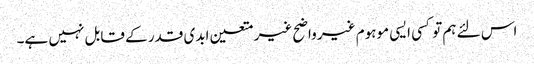
اس لئے ہم تو کسی ایسی موہوم غیر واضح غیر متعین ابدی قدر کے قابل نہیں ہے۔